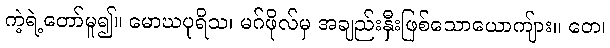
ကဲ့ရဲ့တော်မူ၍။ မောဃပုရိသ၊ မဂ်ဖိုလ်မှ အချည်းနှီးဖြစ်သောယောကျ်ား။ တေ၊